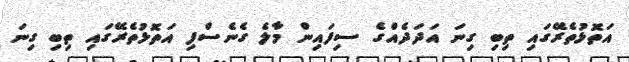
އަތޮޅުތެރޭގައި ތިބި ގިނަ އަދަދެއްގެ ސިފައިން މާލެ ގެނެސްފި އަތޮޅުތެރޭގައި ތިބި ގިނަ